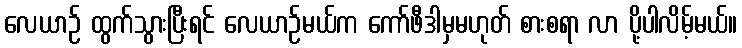
လေယာဉ် ထွက်သွားပြီးရင် လေယာဉ်မယ်က ကော်ဖီဒါမှမဟုတ် စားစရာ လာ ပို့ပါလိမ့်မယ်။